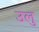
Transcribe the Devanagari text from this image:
उलु